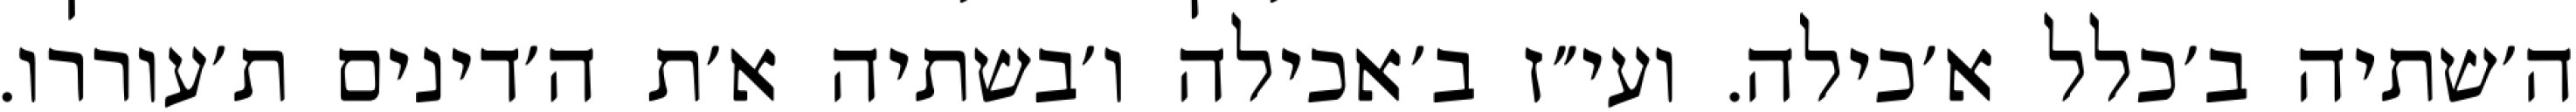
ה׳שתיה ב׳כלל א׳כילה. ועי״ז ב׳אכילה ו׳בשתיה א׳ת ה׳דינים ת׳עוררו.